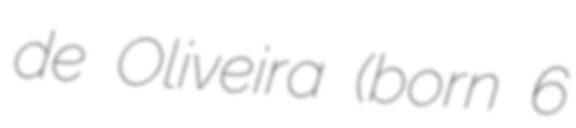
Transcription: de Oliveira (born 6